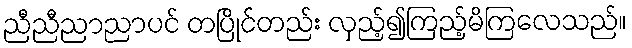
ညီညီညာညာပင် တပြိုင်တည်း လှည့်၍ကြည့်မိကြလေသည်။